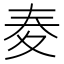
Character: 𡕤